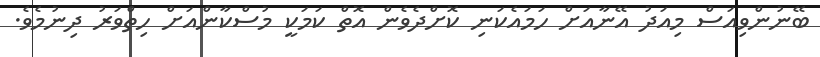
ބޭނުންވިއަސް މިއަދު އޭނާއަށް ހަމައެކަނި ކޮށްދެވެން އޮތް ކަމަކީ މުސްކާންއަށް ހިތްވަރު ދިނުމެވެ.